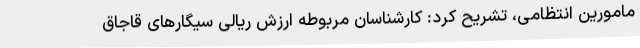
مامورین انتظامی، تشریح کرد: کارشناسان مربوطه ارزش ریالی سیگارهای قاجاق